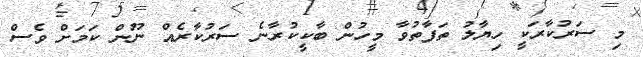
މި ސަރުކާރަކީ ހިޔާލު ތަފާތުވާ މީހުން ބާކީކުރާނެ ސަރުކާރެއް ނޫން ކަމަށް ވެސް